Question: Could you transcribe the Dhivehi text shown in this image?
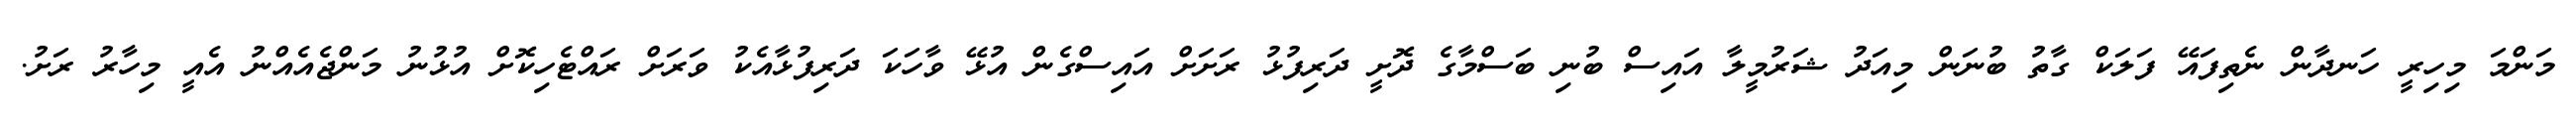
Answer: މަންމަ މިހިރީ ހަނދާން ނެތިފައޭ ފަލަކް ގާތު ބުނަން މިއަދު ޝަރުމީލާ އައިސް ބުނި ބަސްމާގެ ދޮށީ ދަރިފުޅު ރަށަށް އައިސްގެން އުޅޭ ވާހަކަ ދަރިފުޅާއެކު ވަރަށް ރައްޓެހިކޮށް އުޅުނު މަންޖެއެއްނު އެއީ މިހާރު ރަށު.